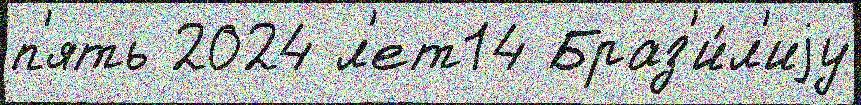
п'ять 2024 л'ет14 Браз'и́л'иjу